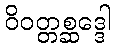
ဝိဝတ္တစ္ဆဒ္ဒေါ